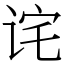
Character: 诧